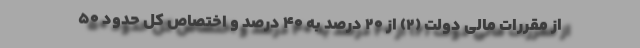
از مقررات مالی دولت (۲) از ۲۰ درصد به ۴۰ درصد و اختصاص کل حدود ۵۰